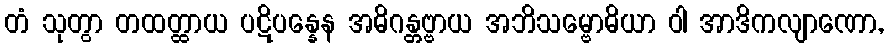
တံ သုတွာ တထတ္ထာယ ပဋိပန္နေန အဓိဂန္တဗ္ဗာယ အဘိသမ္ဗောဓိယာ ဝါ အာဒိကလျာဏော,